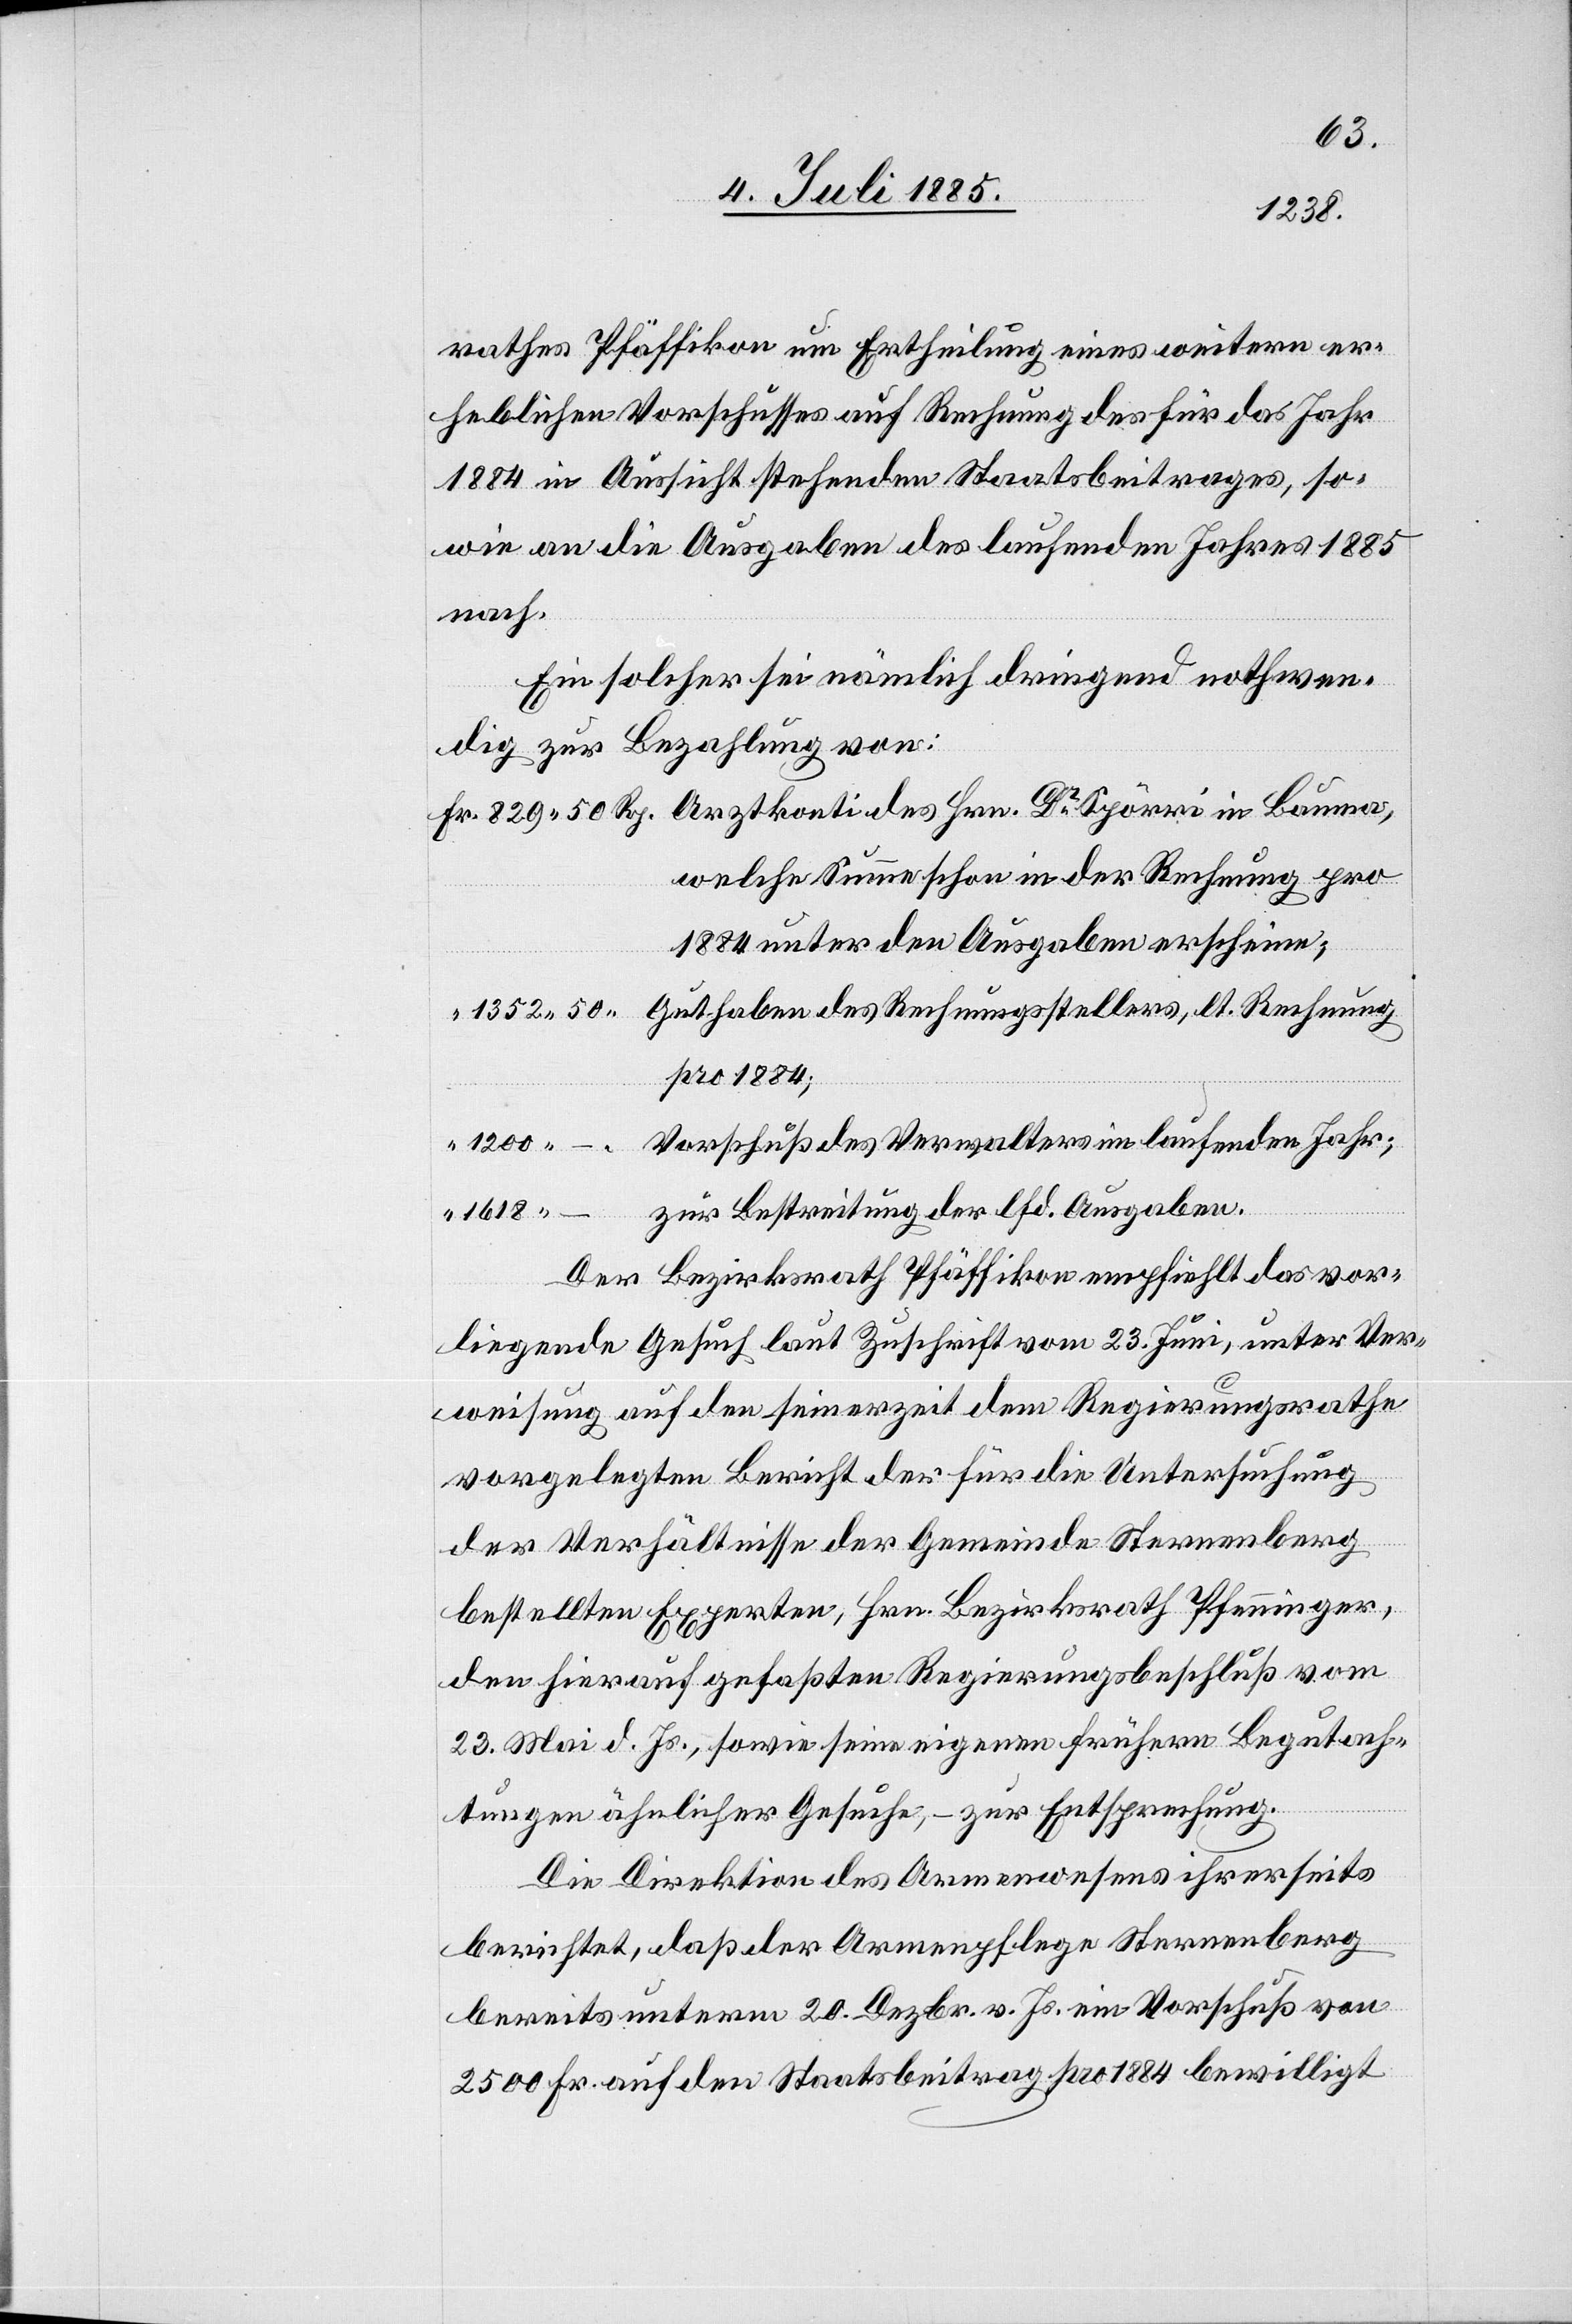
rathes Pfäffikon um Ertheilung eines weitern er¬
heblichen Vorschusses auf Rechnung des für das Jahr
1884 in Aussicht stehenden Staatsbeitrages, so¬
wie an die Ausgaben des laufenden Jahres 1885
nach.
Ein solcher sei nämlich dringend nothwen¬
dig zur Bezahlung von:
welche Summe schon in der Rechnung pro
1884 unter den Ausgaben erscheine;
Guthaben des Rechnungsstellers, lt. Rechnung
pro 1884;
Vorschuß des Verwalters im laufenden Jahr;
zur Bestreitung der lfd. Ausgaben.
1618
Der Bezirksrath Pfäffikon empfiehlt das vor¬
liegende Gesuch laut Zuschrift vom 23. Juni, unter Ver¬
weisung auf den seinerzeit dem Regierungsrathe
vorgelegten Bericht der für die Untersuchung
in
der Verhältnisse der Gemeinde Sternenberg
bestellten Experten, Hrn. Bezirksrath Pfenninger,
den hierauf gefaßten Regierungsrathsbeschluß vom
23. Mai d. Js., sowie seine eigenen frühern Begutach¬
tungen jährlicher Gesuche, – zur Entsprechung.
Die Direktion des Armenwesens ihrerseits
berichtet, daß der Armenpflege Sternenberg
bereits unterm 20. Dezbr. v. Js. ein Vorschuß von
2500 Fr. auf den Staatsbeitrag pro 1884 bewilligt